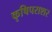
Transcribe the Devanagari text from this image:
कृषिपराशर